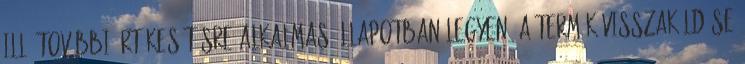
ill. további értékesítésre alkalmas állapotban legyen. A termék visszaküldése